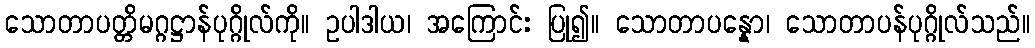
သောတာပတ္တိမဂ္ဂဋ္ဌာန်ပုဂ္ဂိုလ်ကို။ ဥပါဒါယ၊ အကြောင်း ပြု၍။ သောတာပန္နော၊ သောတာပန်ပုဂ္ဂိုလ်သည်။